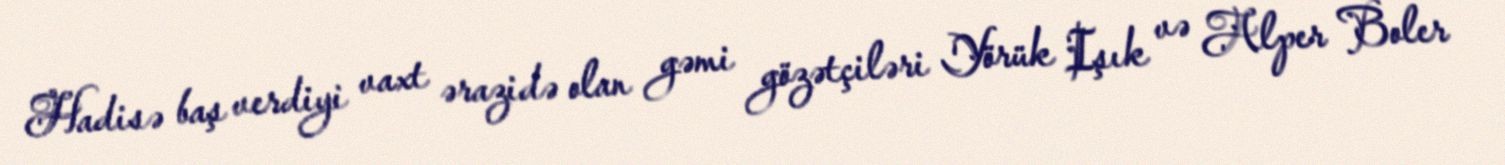
Hadisə baş verdiyi vaxt ərazidə olan gəmi gözətçiləri Yörük Işık və Alper Boler